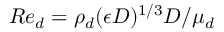
R e _ { d } = \rho _ { d } ( \epsilon D ) ^ { 1 / 3 } D / \mu _ { d }